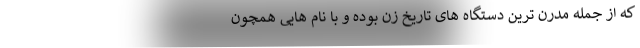
که از جمله مدرن ترین دستگاه های تاریخ زن بوده و با نام هایی همچون